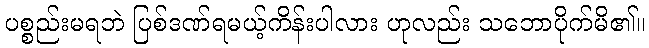
ပစ္စည်းမရဘဲ ပြစ်ဒဏ်ရမယ့်ကိန်းပါလား ဟုလည်း သဘောပိုက်မိ၏။